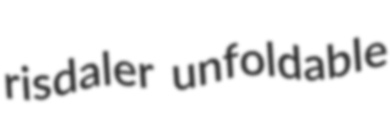
risdaler unfoldable